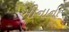
મીનાની